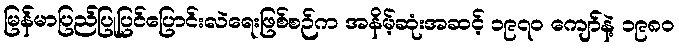
မြန်မာပြည်ပြုပြင်ပြောင်းလဲရေးဖြစ်စဉ်က အနိမ့်ဆုံးအဆင့် ၁၉၇၀ ကျော်နဲ့ ၁၉၈၀